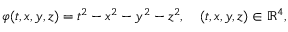
\varphi ( t , x , y , z ) = t ^ { 2 } - x ^ { 2 } - y ^ { 2 } - z ^ { 2 } , \quad ( t , x , y , z ) \in { \mathbb R } ^ { 4 } ,